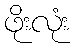
ဖိုးလုံး